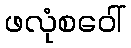
ဖလုံစဝေါ်